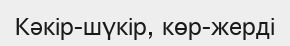
Кәкір-шүкір, көр-жерді